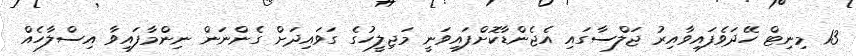
13 މިނިޓް ހޭދަވެފައިވާއިރު ޖަލްސާގައި އެޖެންޑާކޮށްފައިވަނީ މަޖިލީހުގެ ގަވައިދަށް ގެންނަން ނިންމާފައިވާ އިސްލާހެއް